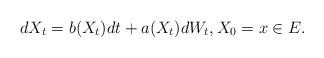
LaTeX: \begin{align*} dX_t = b(X_t) dt + a(X_t) dW_t, X_0=x\in E.\end{align*}